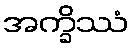
အက္ခိဿံ